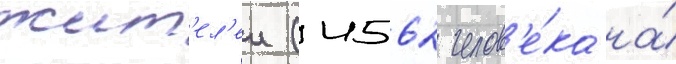
жит'ел'еи (4562 челов'е́ка на́